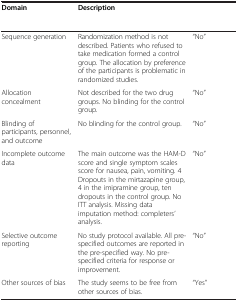
<table><thead><tr><td><b>Domain</b></td><td><b>Description</b></td><td>[EMPTY_CELL]</td></tr></thead><tbody><tr><td>Sequence generation</td><td>Randomization method is not described. Patients who refused to take medication formed a control group. The allocation by preference of the participants is problematic in randomized studies.</td><td>“No”</td></tr><tr><td>Allocation concealment</td><td>Not described for the two drug groups. No blinding for the control group.</td><td>“No”</td></tr><tr><td>Blinding of participants, personnel, and outcome</td><td>No blinding for the control group.</td><td>“No”</td></tr><tr><td>Incomplete outcome data</td><td>The main outcome was the HAM-D score and single symptom scales score for nausea, pain, vomiting. 4 Dropouts in the mirtazapine group, 4 in the imipramine group, ten dropouts in the control group. No ITT analysis. Missing data imputation method: completers’ analysis.</td><td>“No”</td></tr><tr><td>Selective outcome reporting</td><td>No study protocol available. All pre-specified outcomes are reported in the pre-specified way. No pre-specified criteria for response or improvement.</td><td>“No”</td></tr><tr><td>Other sources of bias</td><td>The study seems to be free from other sources of bias.</td><td>“Yes”</td></tr></tbody></table>